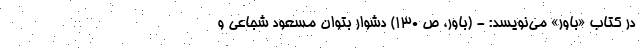
در کتاب «باور» می‌نویسد: - (باور، ص 130) دشوار بتوان مسعود شجاعی و